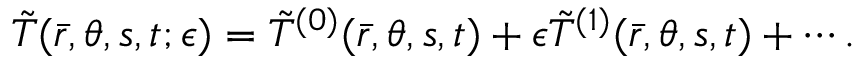
\Tilde { T } ( \bar { r } , \theta , s , t ; \epsilon ) = \Tilde { T } ^ { ( 0 ) } ( \bar { r } , \theta , s , t ) + \epsilon \Tilde { T } ^ { ( 1 ) } ( \bar { r } , \theta , s , t ) + \cdots .